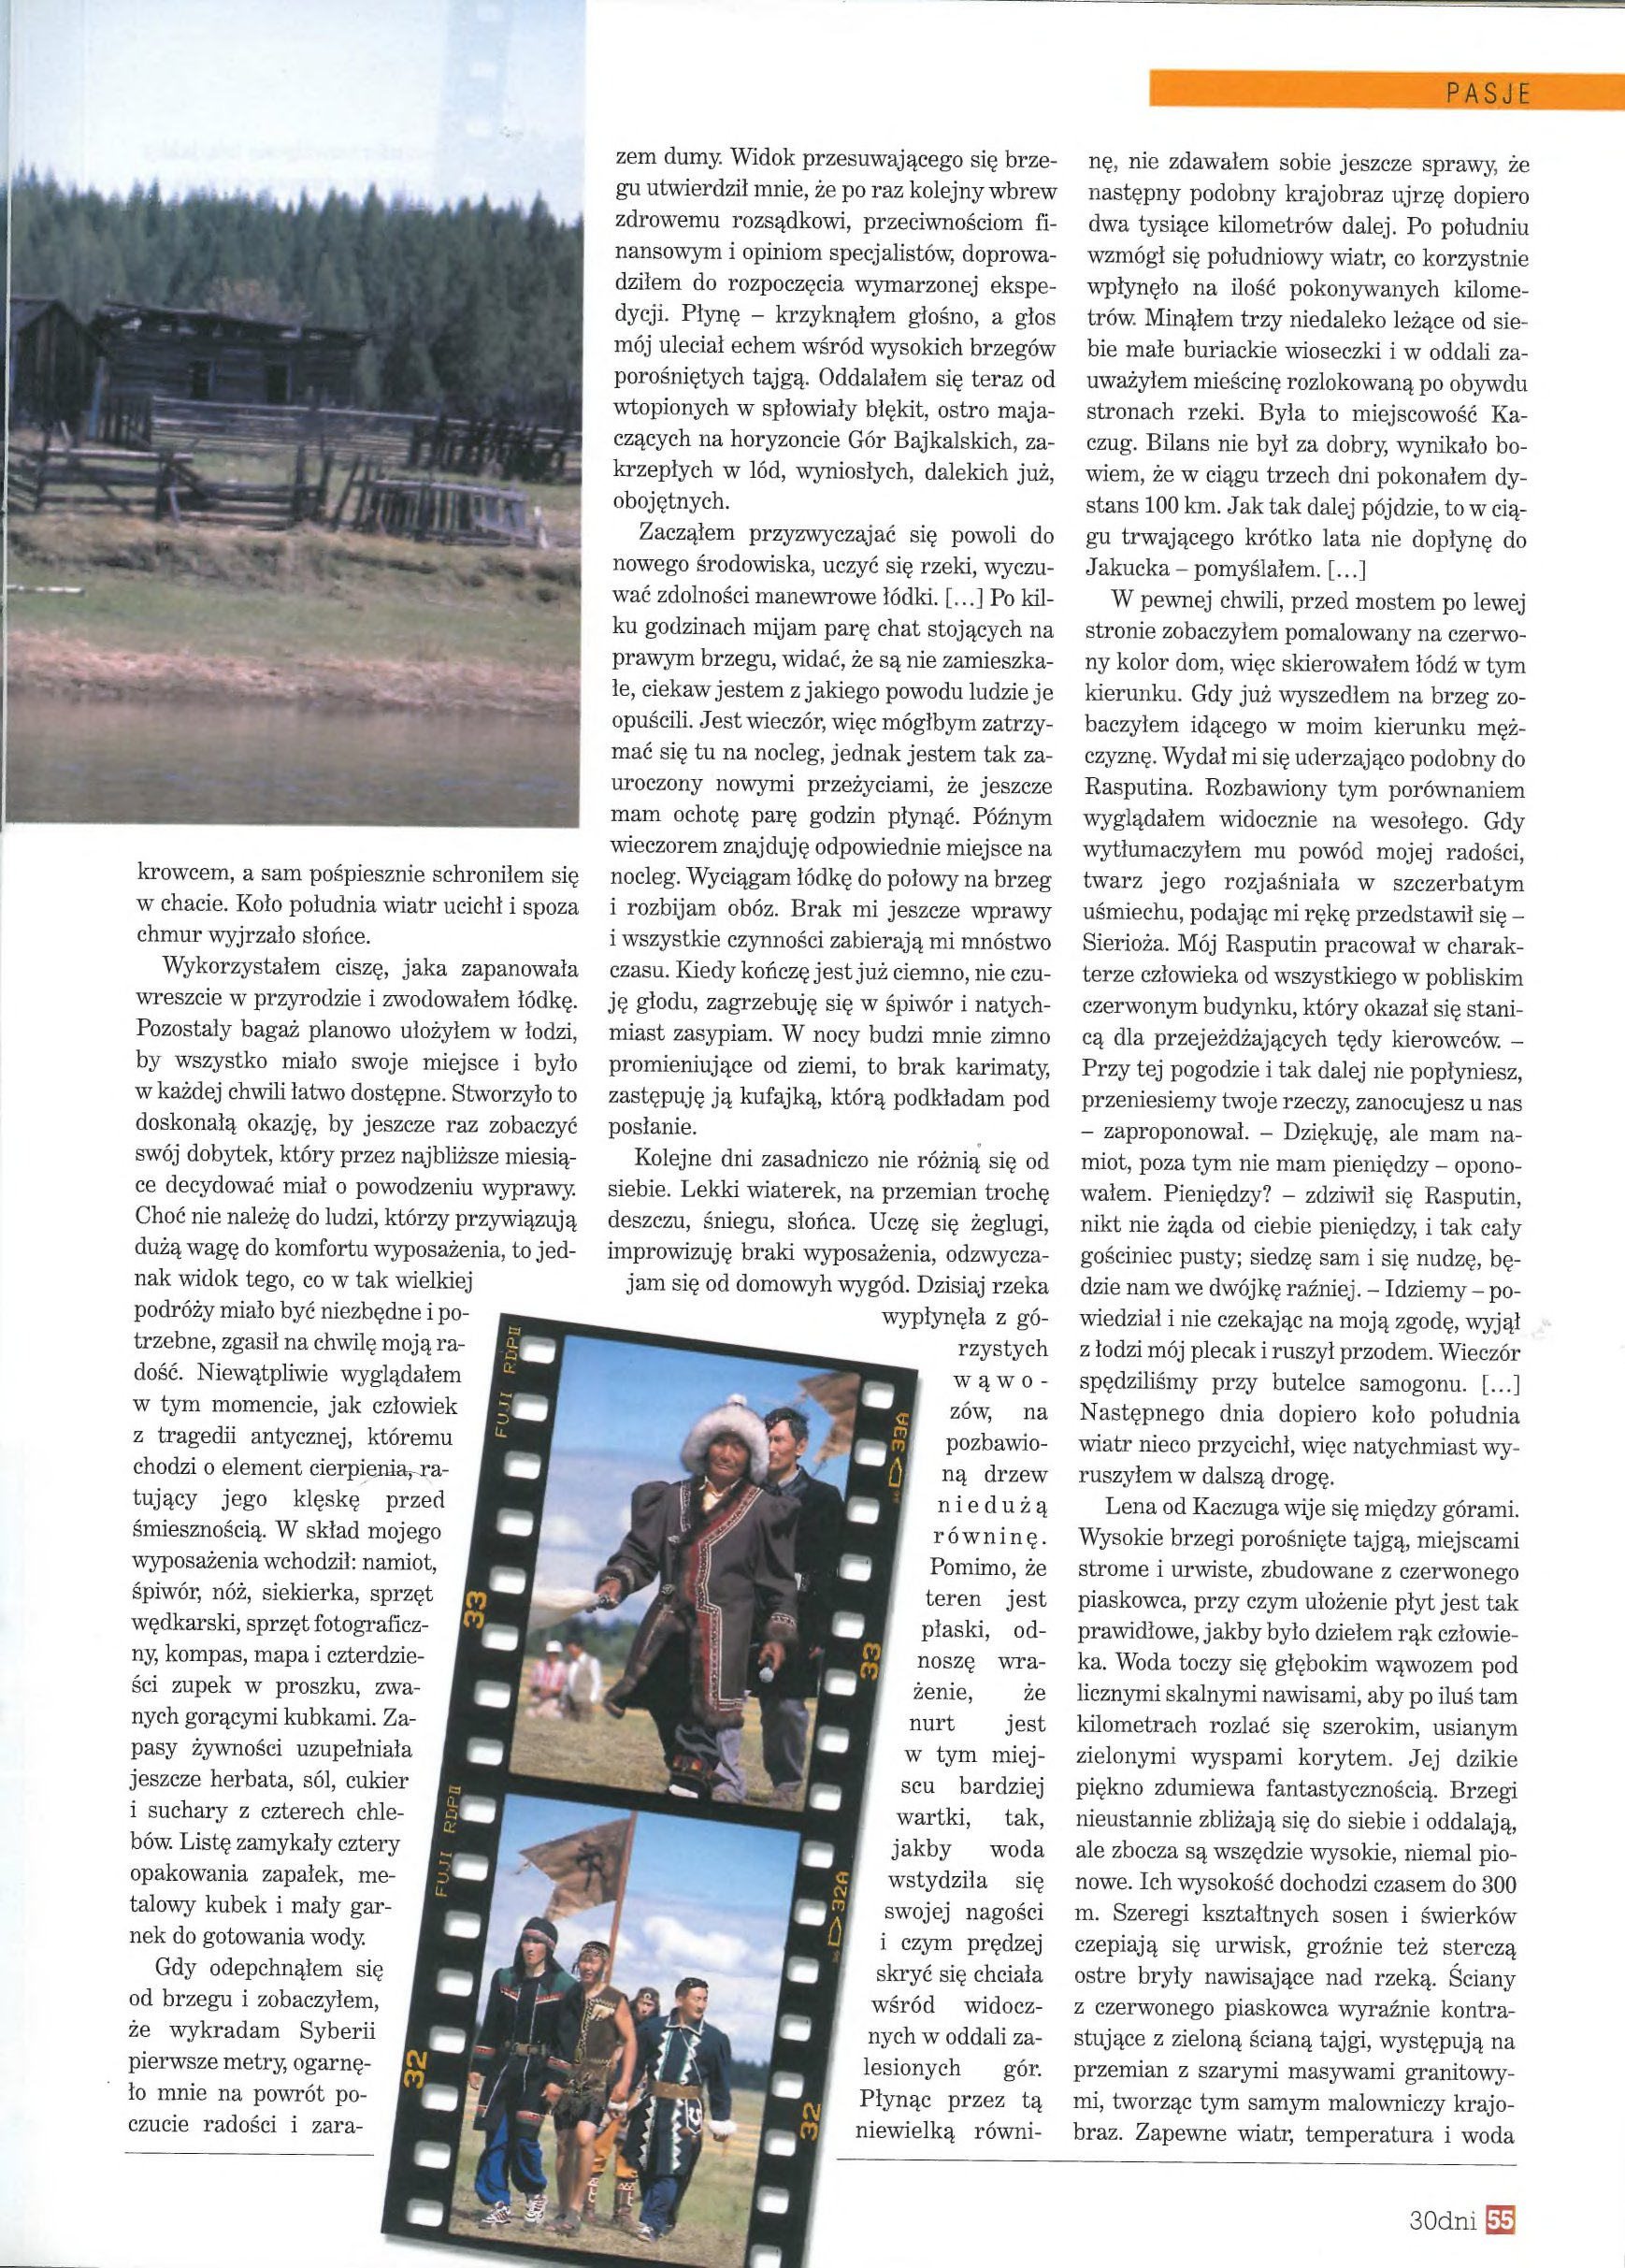
Language: pl